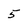
Character: 5